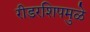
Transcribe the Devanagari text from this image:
रीडरशिपमुळे